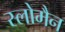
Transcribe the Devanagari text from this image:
स्लोमैन